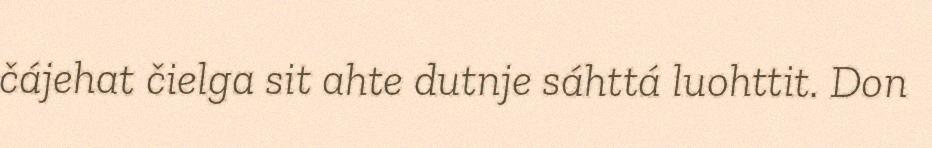
čájehat čielga sit ahte dutnje sáhttá luohttit. Don